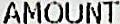
AMOUNT